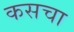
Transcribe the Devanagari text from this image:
कसचा